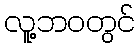
လူ့ဘဝတွင်